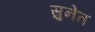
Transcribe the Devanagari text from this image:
सुनेत